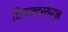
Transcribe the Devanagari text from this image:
चिखलदर्‍याहून